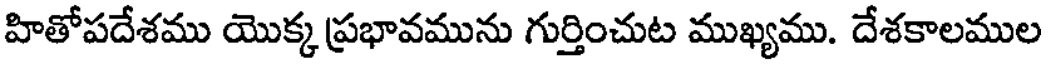
హితోపదేశము యొక్క ప్రభావమును గుర్తించుట ముఖ్యము. దేశకాలముల